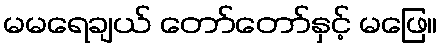
မမရေချယ် တော်တော်နှင့် မဖြေ။